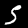
Label: 5